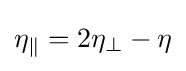
\eta _{\parallel }=2\eta _{\perp }-\eta